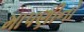
માપણીનો